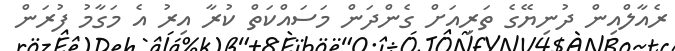
ރެއާލްއިން ދުނިޔޭގެ ތަރިއަށް ގެންދަން މަސައްކަތް ކުރާ އިރު އެ މަގާމު ފުރަން